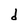
Character: d